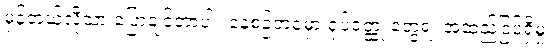
မှန်တယ်လို့သာ ပြောချင်တာပါ။ နေ့စဉ်ဘဝမှာ ရုပ်ဝတ္ထု တွေရဲ့ အထည်ဒြပ်ရှိမှု၊